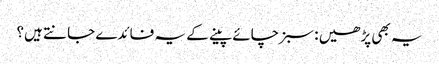
یہ بھی پڑھیں : سبز چائے پینے کے یہ فائدے جانتے ہیں؟